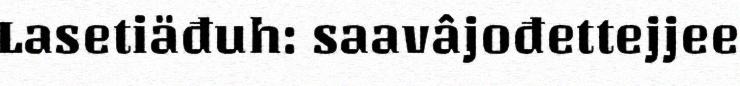
Lasetiäđuh: saavâjođettejjee